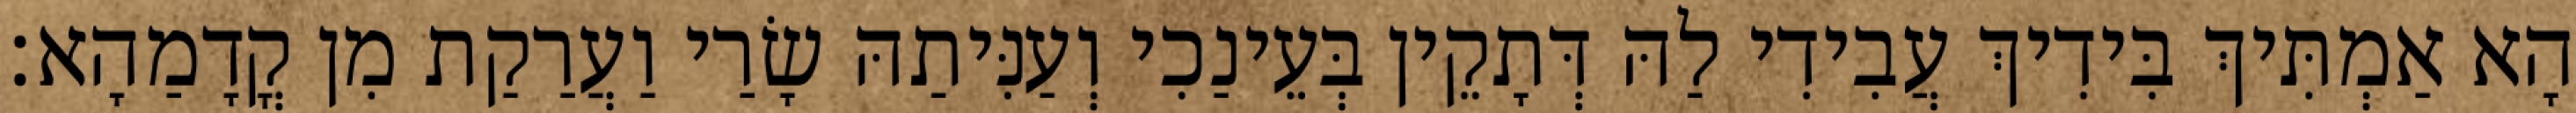
הָא אַמְתִּיךְ בִּידִיךְ עֲבִידִי לַהּ דְּתָקֵין בְּעֵינַכִי וְעַנִּיתַהּ שָׂרַי וַעֲרַקַת מִן קֳדָמַהָא׃